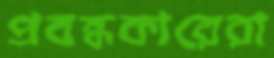
প্রবন্ধকারেরা